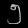
Digit: ၅